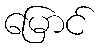
မြောင်